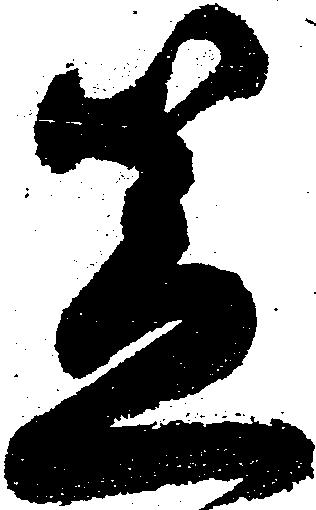
笠